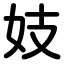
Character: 妓